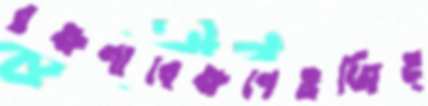
রক্ষণাবেক্ষণেওজিহ্